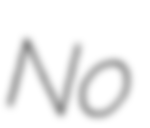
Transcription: No